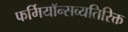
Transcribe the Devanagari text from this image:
फर्मियॉन्सव्यतिरिक्त